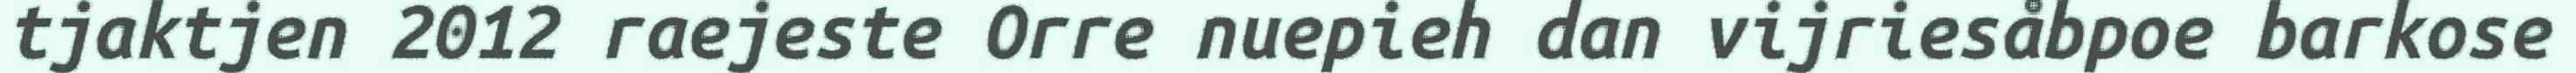
tjaktjen 2012 raejeste Orre nuepieh dan vijriesåbpoe barkose